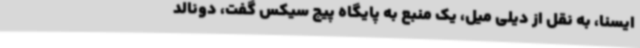
ایسنا، به نقل از دیلی میل، یک منبع به پایگاه پیج سیکس گفت، دونالد